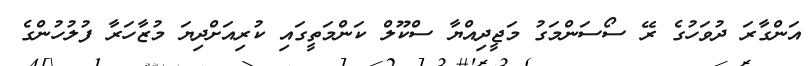
އަންގާރަ ދުވަހުގެ ރޭ ސޯސަންމަގު މަޖީދިއްޔާ ސްކޫލް ކަންމަތީގައި ކުރިއަށްދިޔަ މުޒާހަރާ ފުލުހުންގެ